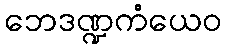
ဘေဒဏ္ဍကံယေဝ